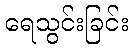
ရေသွင်းခြင်း